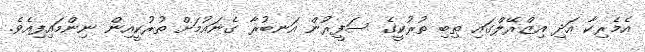
އެމެރިކާ އަދި އިޒްރޭލްގައި ތިބި ތުރުކީގެ ސަފީރުން އަނބުރާ ގެނައުމަށް ތުރުކީއިން ނިންމައިފިއެވެ.